Report on vaccination in Madras 1895-1903 - 1895-1903
Year: 1895
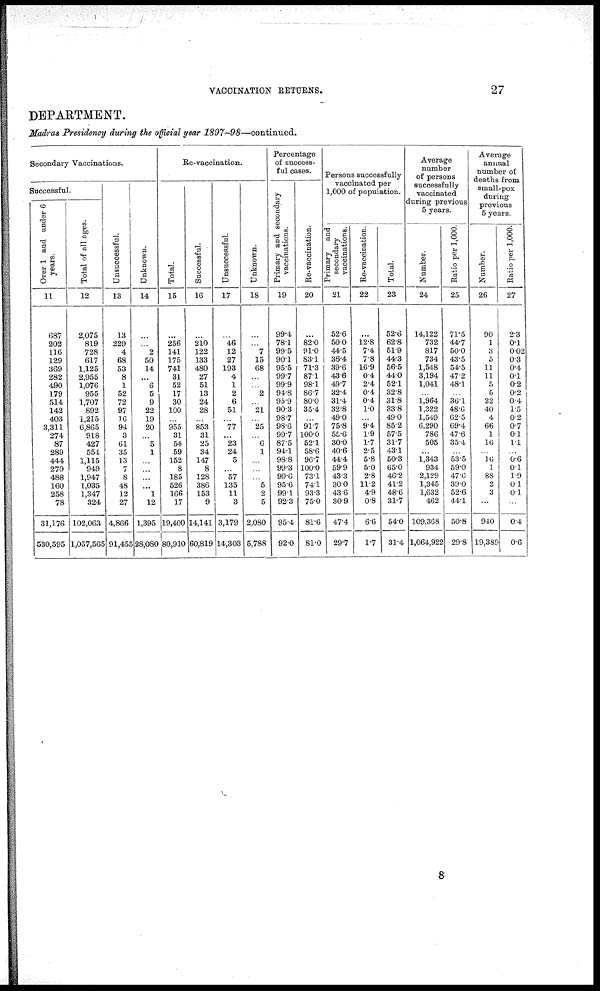
VACCINATION RETURNS.
27
DEPARTMENT.
Madras Presidency during the official year 1897-98—continued.
Secondary Vaccinations.
Successful.
Over 1 and under 6
years.
11
687
202
116
129
369
282
490
179
514
142
403
3,311
274
87
289
444
270
488
160
258
78
31,176
530,595
Total of all ages.
12
2,075
819
728
617
1,125
2,955
1,076
955
1,707
892
1,215
6,865
918
427
554
1,115
949
1,947
1,035
1,347
324
102,063
1,057,565
Unsuccessful.
13
13
229
4
68
53
8
1
52
72
97
16
94
3
61
35
13
7
8
48
12
27
4,866
91,455
Unknown.
14
...
...
2
50
14
...
6
5
9
22
19
20
...
5
1
...
...
...
...
1
12
1,395
28,080
Re-vaccination.
Total.
15
...
256
141
175
741
31
52
17
30
100
...
955
31
54
59
152
8
185
526
166
17
19,400
80,910
Successful.
16
...
210
122
133
480
27
51
13
24
28
...
853
31
25
34
147
8
128
386
153
9
14,141
60,819
Unsuccessful.
17
...
46
12
27
193
4
1
2
6
51
...
77
...
23
24
5
...
57
135
11
3
3,179
14,303
Unknown.
18
...
...
7
15
68
...
...
2
...
21
...
25
...
6
1
...
...
...
5
2
5
2,080
5,788
Percentage
of success-
ful cases.
Primary and secondary
vaccinations.
19
99.4
781
99.5
90.1
95.5
99.7
99.9
94.8
95.9
90.3
98.7
98.6
99.7
87.5
94.1
98.8
99.3
99.6
95.6
99.1
92.3
95.4
92.0
Re-vaccination.
20
82.0
91.0
83.1
71.3
87.1
98.1
86.7
80.0
35.4
...
91.7
100.0
52.1
58.6
96.7
100.0
73.1
74.1
93.3
75.0
81.6
81.0
Persons successfully
vaccinated per
1,000 of population.
Primary and
secondary
vaccinations.
21
52.6
50.0
44.5
36.4
39.6
43.6
49.7
32.4
31.4
32.8
49.0
75.8
55.6
30.0
40.6
44.4
59.9
43.3
30.0
43.6
30.9
47.4
29.7
Re-vaccination.
22
12.8
7.4
7.8
16.9
0.4
2.4
0.4
0.4
1.0
...
9.4
1.9
1.7
2.5
5.8
5.0
2.8
11.2
4.9
0.8
6.6
1.7
Total.
23
52.6
62.8
51.9
44.3
56.5
44.0
52.1
32.8
31.8
33.8
49.0
85.2
57.5
31.7
43.1
50.3
65.0
46.2
41.2
48.6
31.7
54.0
31.4
Average
number
of persons
successfully
vaccinated
during previous
5 years.
Number.
24
14,122
732
817
734
1,548
3,194
1,041
...
1,964
1,322
1,549
6,290
786
505
...
1,343
934
2,129
1,345
1,632
462
109,368
1,064,922
Ratio per 1,000.
25
71.5
44.7
50.0
43.5
54.5
47.2
48.1
...
36.1
48.6
62.5
69.4
47.6
35.4
...
53.5
59.0
47.6
39.0
52.6
44.1
50.8
29.8
Average
annual
number of
deaths from
small-pox
during
previous
5 years.
Number.
26
90
1
3
5
11
11
5
5
22
40
4
66
1
16
...
16
1
88
2
3
...
940
19,389
Ratio per 1,000.
27
2.3
0.1
0.02
0.3
0.4
0.1
0.2
0.2
0.4
1.5
0.2
0.7
0.1
1.1
...
0.6
0.1
1.9
0.1
0.1
...
0.4
0.6
8